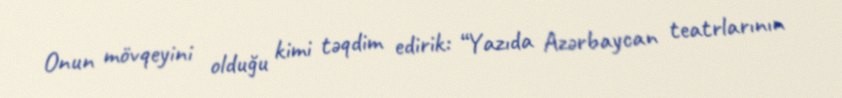
Onun mövqeyini olduğu kimi təqdim edirik: “Yazıda Azərbaycan teatrlarının